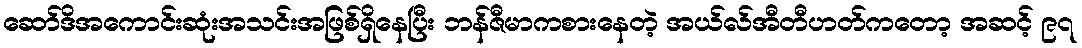
ဆော်ဒိအကောင်းဆုံးအသင်းအဖြစ်ရှိနေပြီး ဘန်ဇီမာကစားနေတဲ့ အယ်လ်အီတီဟတ်ကတော့ အဆင့် ၉၇